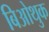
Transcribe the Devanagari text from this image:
बिओथुक